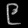
Digit: ၉